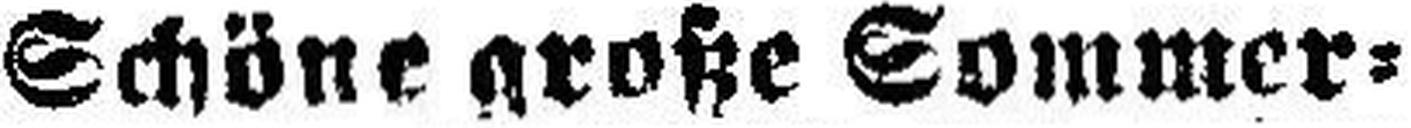
Schöne große Sommer¬